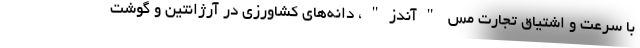
با سرعت و اشتیاق تجارت مس "آندز"، دانه‌های کشاورزی در آرژانتین و گوشت